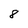
Character: 8